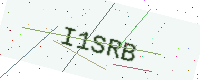
Text: I1SRB